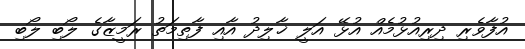
އުފާވެރި ދިރިއުޅުމެއް އުޅޭ އަލީ ޚާލިދު އާއި ފާތިމަތު ރަމީޒާގެ ލޯބި ލޯބި